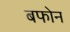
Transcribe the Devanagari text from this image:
बफोन